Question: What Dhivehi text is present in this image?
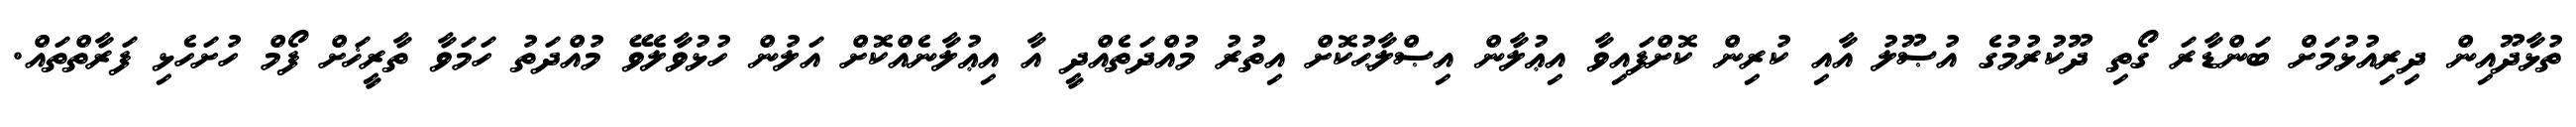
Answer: ތުޅާދޫއިން ދިރިއުޅުމަށް ބަންޑާރަ ގޯތި ދޫކުރުމުގެ އުޞޫލު އާއި ކުރިން ކޮށްފައިވާ އިޢުލާން އިޞްލާޙުކޮށް އިތުރު މުއްދަތެއްދީ އާ އިޢުލާނެއްކޮށް އަލުން ހުޅުވާލެވޭ މުއްދަތު ހަމަވާ ތާރީޚަށް ފޯމް ހުށަހެޅި ފަރާތްތައް.